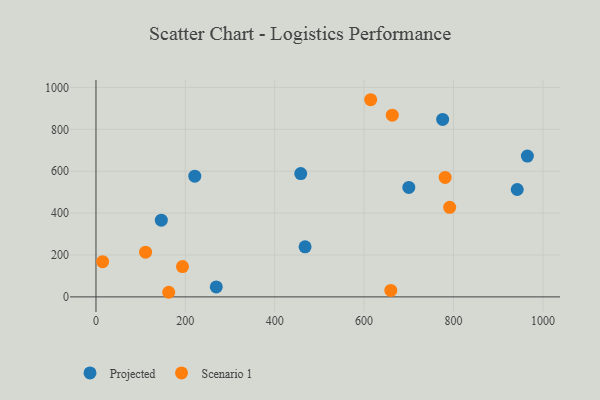
{"axis": {"x": "Investment", "y": "Yield"}, "legend": ["Projected", "Scenario 1"], "data": [{"x": "775.7", "y": 847.2, "type": "Projected"}, {"x": "458.2", "y": 589.0, "type": "Projected"}, {"x": "221.1", "y": 576.3, "type": "Projected"}, {"x": "146.2", "y": 366.5, "type": "Projected"}, {"x": "965.3", "y": 672.3, "type": "Projected"}, {"x": "700.0", "y": 522.6, "type": "Projected"}, {"x": "467.9", "y": 239.1, "type": "Projected"}, {"x": "269.2", "y": 47.6, "type": "Projected"}, {"x": "942.6", "y": 512.7, "type": "Projected"}, {"x": "111.0", "y": 213.5, "type": "Scenario 1"}, {"x": "781.3", "y": 570.2, "type": "Scenario 1"}, {"x": "663.0", "y": 867.5, "type": "Scenario 1"}, {"x": "614.7", "y": 941.4, "type": "Scenario 1"}, {"x": "162.8", "y": 22.0, "type": "Scenario 1"}, {"x": "659.7", "y": 30.7, "type": "Scenario 1"}, {"x": "791.4", "y": 427.8, "type": "Scenario 1"}, {"x": "14.9", "y": 168.3, "type": "Scenario 1"}, {"x": "193.6", "y": 144.7, "type": "Scenario 1"}]}